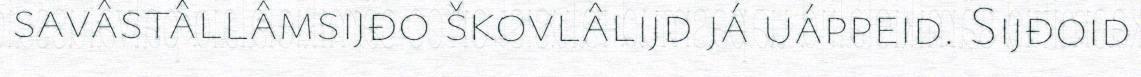
savâstâllâmsijđo škovlâlijd já uáppeid. Sijđoid